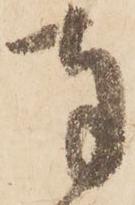
奉